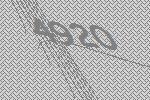
4920